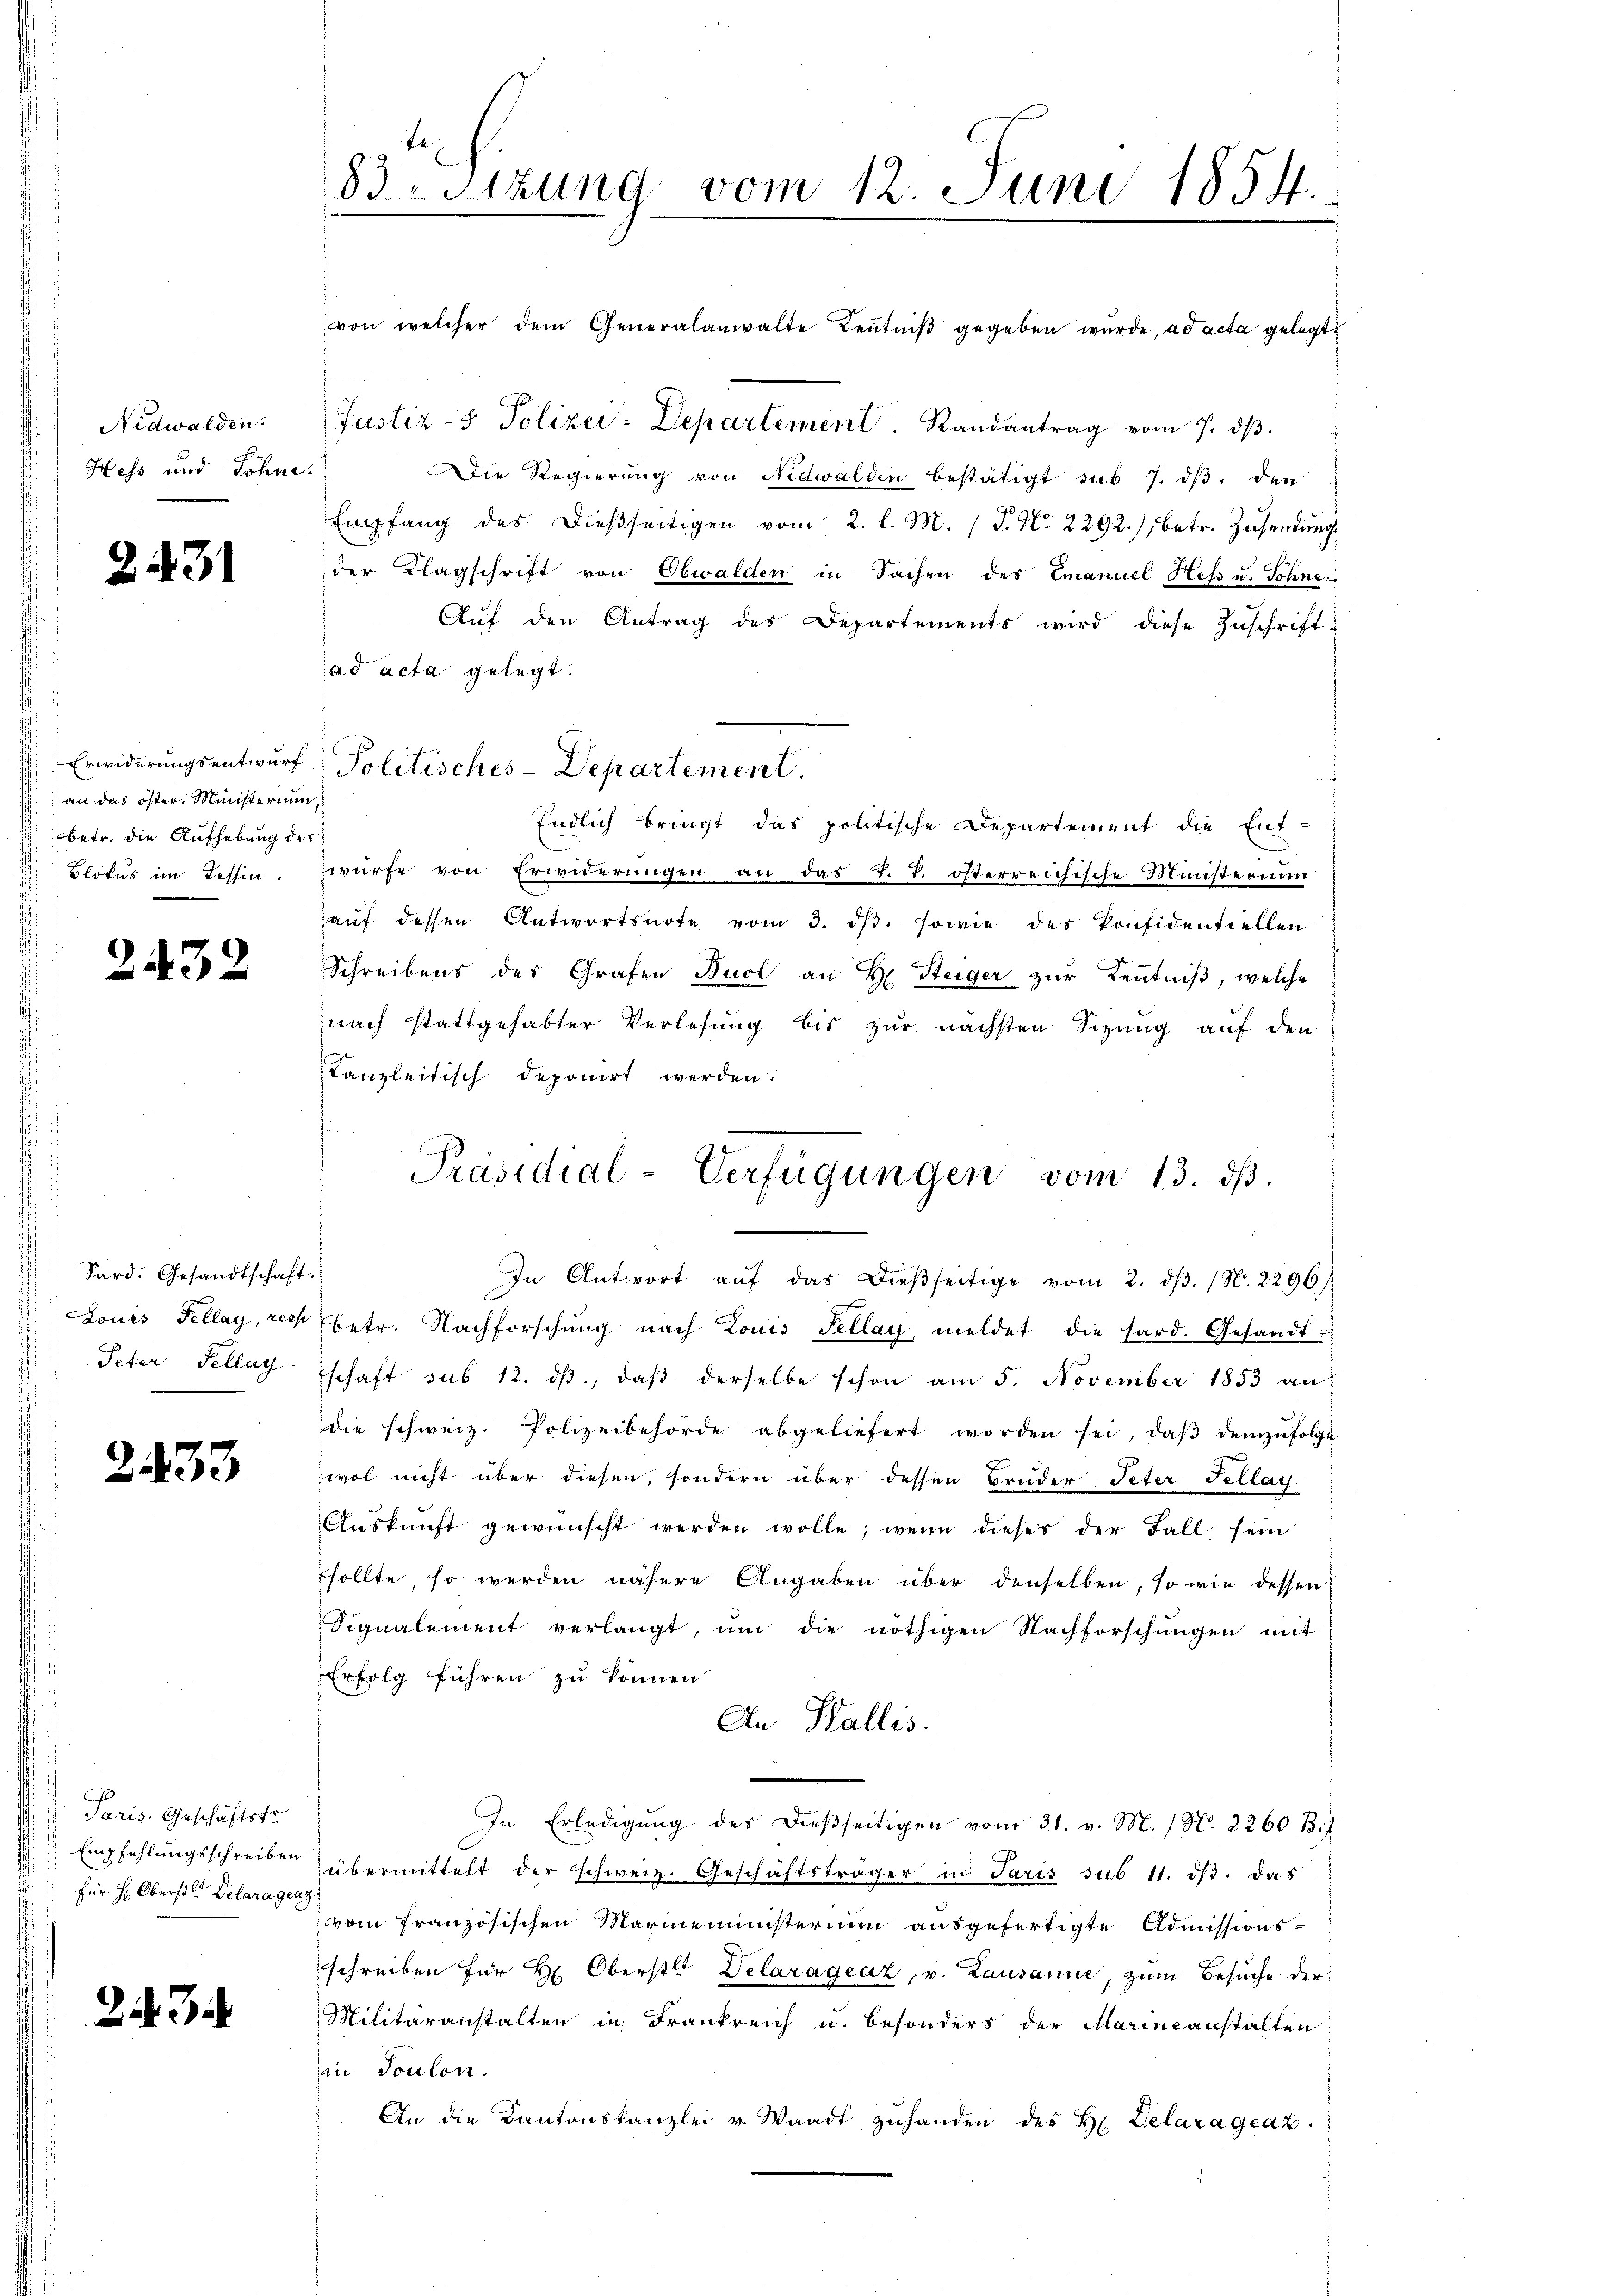
Nidwalden.
Hess und Söhne.

2431

.
Erwiderungsentwurf
 an das öster, Ministerium,
betr. die Aufhebung des
Blokus im Tessin.

2432

Sard. Gesandtschaft.
Peter Pellay

2433

Paris. Geschäftstr
Empfehlungsschreiben
 für H: Oberster Delara gea

23

83. Sitzung vom 12. Juni 1854.

von welcher dem Generalanwalte Leŭtniβ gegeben wŭrde, ad acta gelegt.
Justiz- & Polizei-Departement Randantrag vom 7. dβ.
Die Regierŭng von Nidwalden bestätigt sub 7. dβ. den
Empfang des dießseitigen vom 2. l. M. (T. No. 2292.), betr. Zusendung
der Klagschrift von Obwalden in Sachen des Emanuel Hess u. Sohne
Aŭf den Antrag des Departements wird diese Zŭschriftad acta gelegt.
Politisches-Departement.
Endlich bringt das politische Departement die Ent-
würfe von Erwiderungen an das T. T. österreichische Ministerium
aŭf dessen Antwortsnote vom 3. dβ. sowie des Ponfidentiellen
Schreibens des Grafen Buol an H. Steiger zur Kenntniß, welche
nach stattgehabter Verlesung bis zur nächsten Sizung auf den
Kanzleitisch deponirt werden.
In Antwort aŭf das dießseitige vom 2. dβ. (N. 2296)
Louis Fellay, res betr. Nachforschung nach Louis Fellay meldet die hard. Gesandt-
schaft sub 12. ds., daß derselbe schon am 5. November 1853 an
die schweiz. Polizeibehörde abgeliefert worden sei, daβ demzufolge
Zwol nicht über diesen, sondern über dessen Bruder Peter Tellag
Auskunft gewünscht werden wolle, wenn dieses der Fall sein
sollte, so werden nähere Angaben über denselben, so wie dessen
Signalement verlangt, ŭm die nöthigen Nachforschŭngen mit
Erfolg führen zu können
An Wallis.
In Erledigung des dießseitigen vom 31. v. M. (N. 2260 B.
übermittelt der schweiz. Geschäftsträger in Paris sub 11. dβ das
vom französischen Marineministerium ausgefertigte Admissionsschreiben für Hr. Oberste Delaragraz, v. Lausanne, zum Besuche der
Militäranstalten in Frankreich u. besonders der Marineanstalten
in Toulon.
An die Kantonskanzlei v. Waadt zŭhanden des H. Delaragraz.

Präsidial-Verfügungen vom 13. dβ.